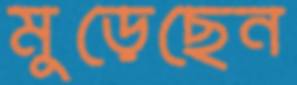
মুড়েছেন